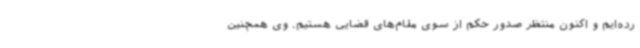
رده‌ایم و اکنون منتظر صدور حکم از سوی مقام‌های قضایی هستیم. وی همچنین